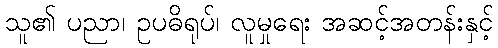
သူ၏ ပညာ၊ ဥပဓိရုပ်၊ လူမှုရေး အဆင့်အတန်းနှင့်